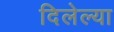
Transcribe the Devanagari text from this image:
दिलेल्‍या